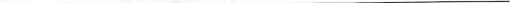
___